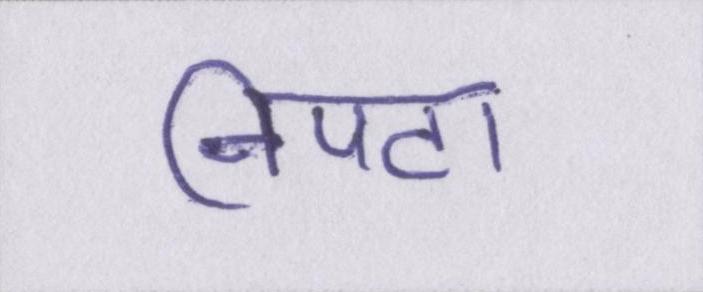
निपटा